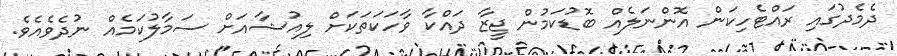
ދެމެދުގައި ރައްޓެހިކަން އޮންނަލެއް ބޮޑުކަމުން ޖީޒާ ދައްކާ ވާހަކަތަކަށް ލިއުޝާއަށް ސަމާލުކަމެއް ނުދެވެއެވެ.